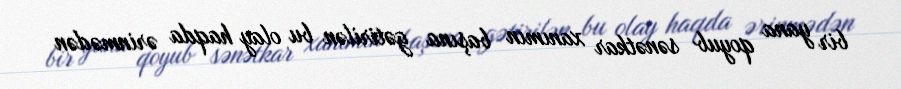
bir yana qoyub sənətkar xanımın başına gətirilən bu olay haqda ərinmədən